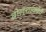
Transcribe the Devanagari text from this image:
बोल्शाकोव